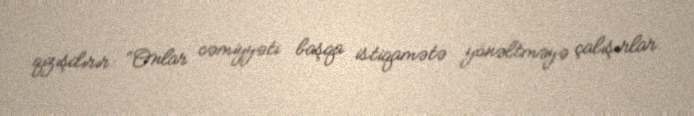
qızışdırır: “Onlar cəmiyyəti başqa istiqamətə yönəltməyə çalışırlar.